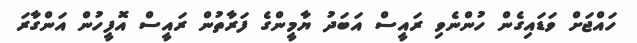
ހައްޖަށް ވަޑައިގެން ހުންނެވި ރައީސް އަބަދު ޔާމީންގެ ފަރާތުން ރައީސް އޮފީހުން އަންގާރަ